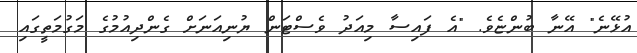
އުޅޭނެ" އޭނާ ބުންޏެވެ. "އެ ފައިސާ މިއަދު ވެސްޓަން ޔުނިއަނަށް ގެންދިއުމުގެ މަގުމަތީގައި